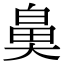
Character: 𮮰